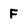
Character: F